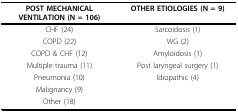
<table><thead><tr><td><b>POST MECHANICAL VENTILATION (N = 106)</b></td><td><b>OTHER ETIOLOGIES (N = 9)</b></td></tr></thead><tbody><tr><td>CHF (24)</td><td>Sarcoidosis (1)</td></tr><tr><td>COPD (22)</td><td>WG (2)</td></tr><tr><td>COPD &amp; CHF (12)</td><td>Amyloidosis (1)</td></tr><tr><td>Multiple trauma (11)</td><td>Post laryngeal surgery (1)</td></tr><tr><td>Pneumonia (10)</td><td>Idiopathic (4)</td></tr><tr><td>Malignancy (9)</td><td></td></tr><tr><td>Other (18)</td><td></td></tr></tbody></table>